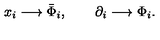
\begin{array} { l } { x _ { i } \longrightarrow \bar { \Phi } _ { i } , \qquad \partial _ { i } \longrightarrow \Phi _ { i } . } \\ \end{array}